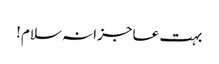
بہت عاجزانہ سلام!